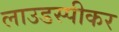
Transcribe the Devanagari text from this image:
लाउडस्‍पीकर